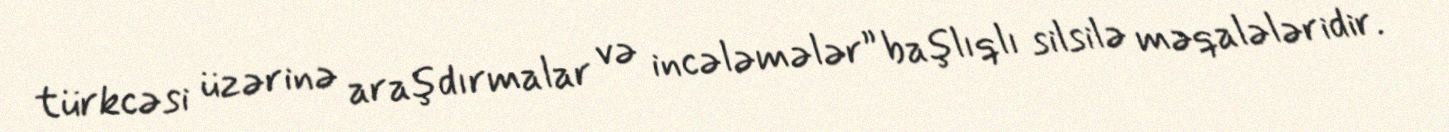
türkcəsi üzərinə araşdırmalar və incələmələr” başlıqlı silsilə məqalələridir.